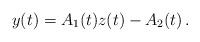
LaTeX: \begin{align*}y(t)=A_1(t)z(t)- A_2(t)\,.\end{align*}